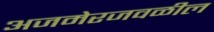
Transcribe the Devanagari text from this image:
अजमेरजवळील